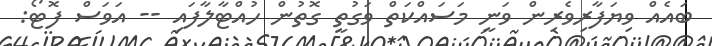
ބައެއް ވިޔަފާރިވެރިން ވަނީ މަސައްކަތް ވަގުތީ ގޮތުން ހުއްޓާލާފައި -- އަވަސް ފޮޓޯ: